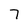
Character: 7